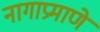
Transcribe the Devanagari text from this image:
नागाप्रमाणे